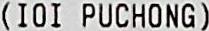
(IOI PUCHONG)